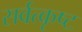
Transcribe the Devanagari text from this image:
सर्वत्कृष्ट